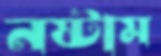
নষ্টাম